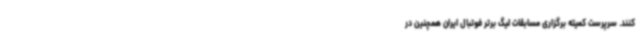
کنند. سرپرست کمیته برگزاری مسابقات لیگ برتر فوتبال ایران همچنین در